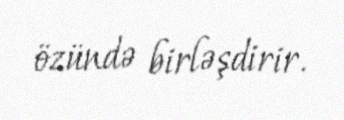
özündə birləşdirir.